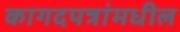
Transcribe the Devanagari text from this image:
कागदपत्रांमधील